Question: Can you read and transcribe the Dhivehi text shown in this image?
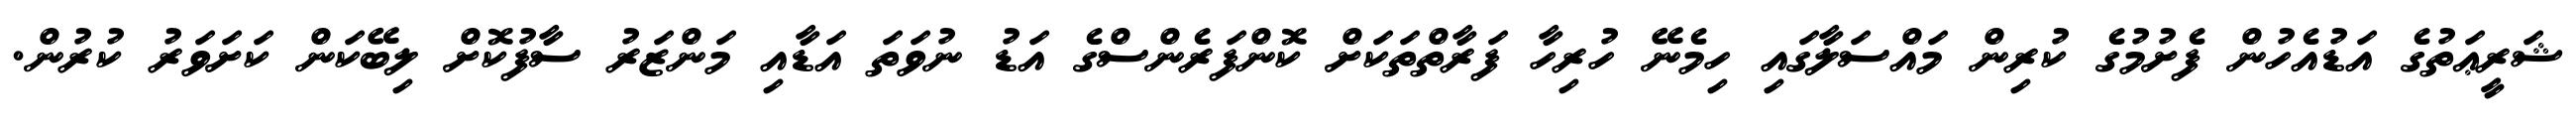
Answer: ޝަރީޢަތުގެ އަޑުއެހުން ފެށުމުގެ ކުރިން މައްސަލާގައި ހިމެނޭ ހުރިހާ ފަރާތްތަކަށް ކޮންފަރެންސްގެ އަޑު ނުވަތަ އަޑާއި މަންޒަރު ސާފުކޮށް ލިބޭކަން ކަށަވަރު ކުރުން.